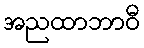
အညထာဘာဝီ